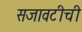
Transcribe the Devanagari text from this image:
सजावटीची